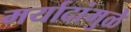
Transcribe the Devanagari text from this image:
मर्यादांमुळे